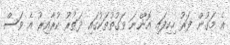
އެ މަގުން ފަރު ހިކިފައި އޮންނަ ވަގުތުތަކުގައި ދަތުރު ކުރާއިރު އެ ވަސް